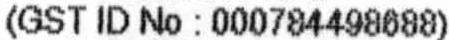
(GST ID NO : 000784498688)